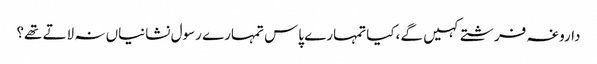
داروغہ فرشتے کہیں گے ،کیا تمہارے پاس تمہارے رسول نشانیاں نہ لاتے تھے؟